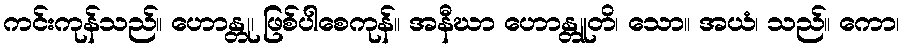
ကင်းကုန်သည်။ ဟောန္တု၊ ဖြစ်ပါစေကုန်။ အနီဃာ ဟောန္တူတိ၊ သော။ အယံ၊ သည်။ ကော၊